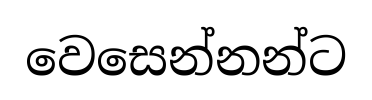
වෙසෙන්නන්ට